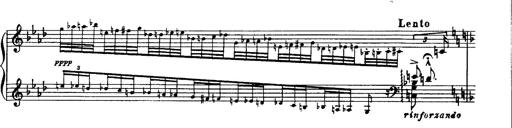
Title: Paraphrase de concert sur Ernani II
Composer: Franz Liszt